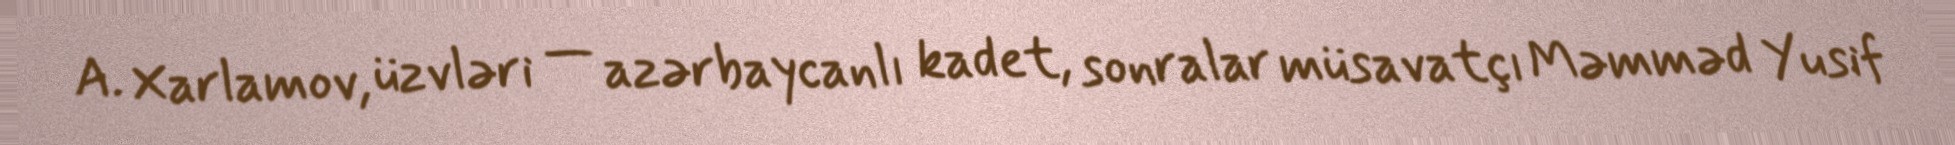
A. Xarlamov, üzvləri — azərbaycanlı kadet, sonralar müsavatçı Məmməd Yusif